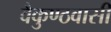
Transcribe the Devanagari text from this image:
वैकुण्ठवासी